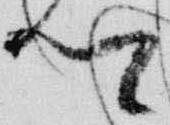
卿